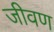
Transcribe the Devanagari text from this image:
जीवण